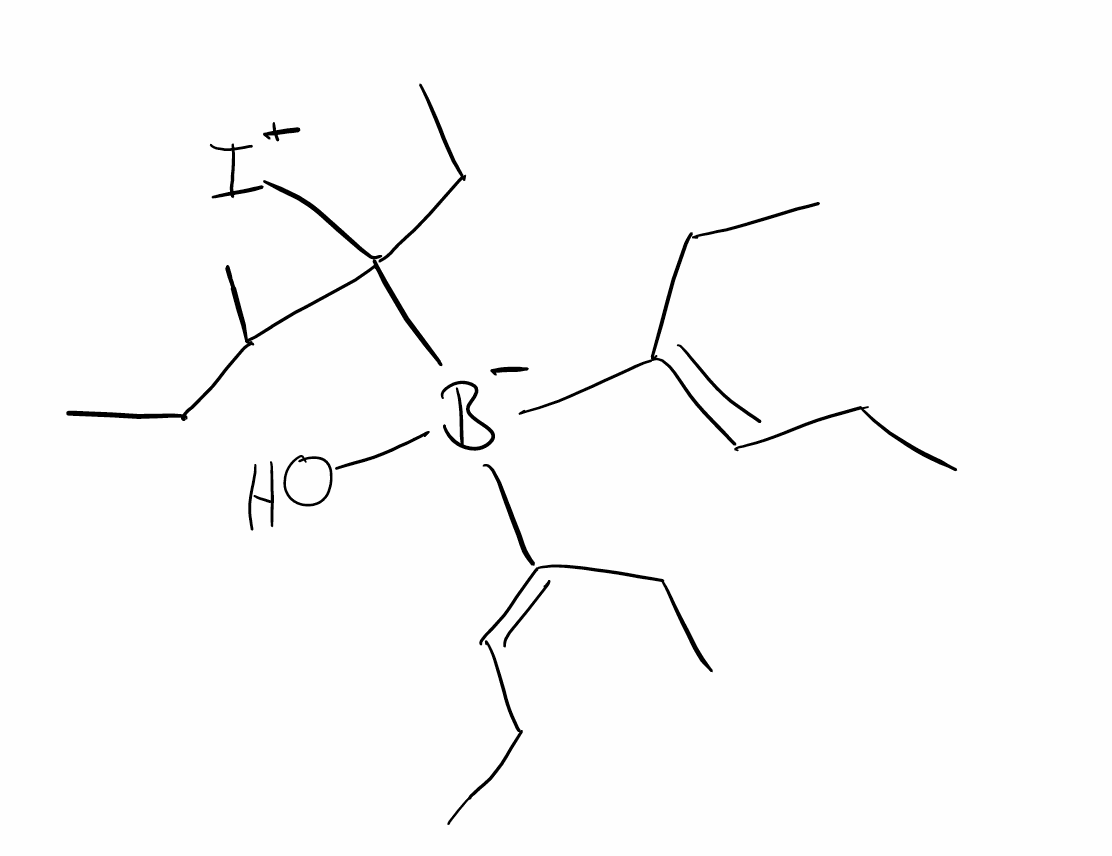
Simplified molecular-input line-entry system (SMILES) notation of the given molecule:
[B-](O)(C1([I+]C1CC)CC)(/C(=C/CC)/CC)/C(=C/CC)/CC